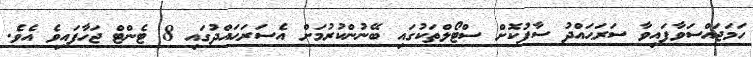
ހަމަޖައްސަވާފައިވާ ސަރަޙައްދު ސާފުކޮށް ސްޓޯލްތަކުގައި ބޭނުންކުރުމަށް އެސަރަޙައްދުގައި 8 ޓެންޓް ޖަހާފައިވެ އެވެ.